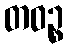
တဝဉ္စ